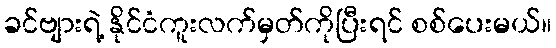
ခင်ဗျားရဲ့ နိုင်ငံကူးလက်မှတ်ကိုပြီးရင် စစ်ပေးမယ်။